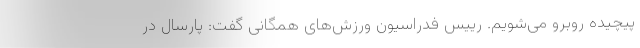
پیچیده روبرو می‌شویم. رییس فدراسیون ورزش‌های همگانی گفت: پارسال در